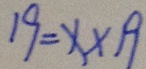
1 9 = x \times 1 9